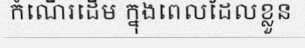
កំណើរដើម ក្នុងពេលដែលខ្លួន